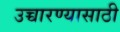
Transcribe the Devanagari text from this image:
उच्चारण्यासाठी